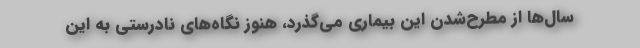
سال‌ها از مطرح‌شدن این بیماری می‌گذرد، هنوز نگاه‌های نادرستی به این